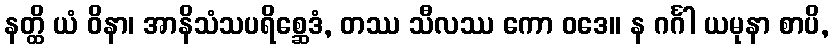
နတ္ထိ ယံ ဝိနာ၊ အာနိသံသပရိစ္ဆေဒံ, တဿ သီလဿ ကော ဝဒေ။ န ဂင်္ဂါ ယမုနာ စာပိ,